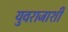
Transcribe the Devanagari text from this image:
युवराजाशी